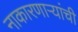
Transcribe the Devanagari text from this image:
नाकारणाऱ्यांची